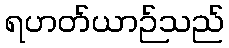
ရဟတ်ယာဉ်သည်